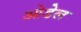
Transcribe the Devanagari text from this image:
ओडेल